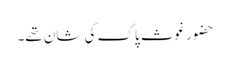
حضور غوث پاک کی شان تھے۔